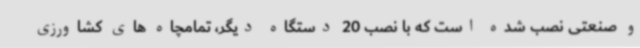
و صنعتی نصب شده است که با نصب 20 دستگاه دیگر، تمامچاه های کشاورزی